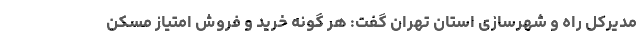
مدیرکل راه و شهرسازی استان تهران گفت: هر گونه خرید و فروش امتیاز مسکن